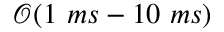
\mathcal { O } ( 1 ~ m s - 1 0 ~ m s )